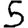
Digit: 5